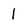
Character: 1